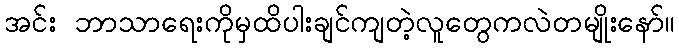
အင်း ဘာသာရေးကိုမှထိပါးချင်ကျတဲ့လူတွေကလဲတမျိုးနော်။